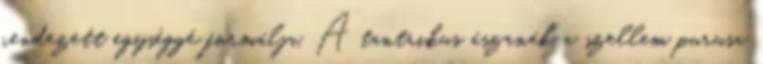
rendezett egységgé formálja. A tantrikus ászanák a szellem purusa